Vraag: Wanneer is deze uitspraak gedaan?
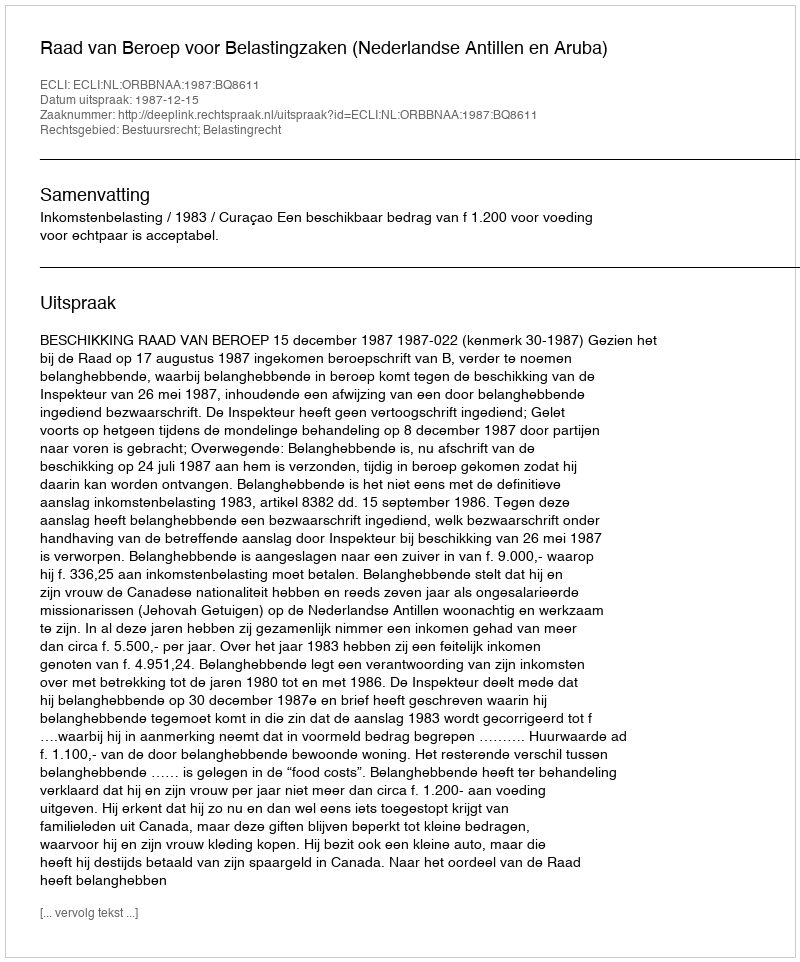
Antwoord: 1987-12-15